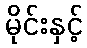
မိုင်းနှင့်